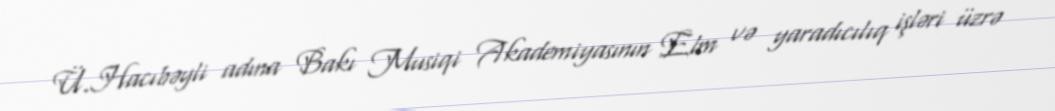
Ü.Hacıbəyli adına Bakı Musiqi Akademiyasının Elm və yaradıcılıq işləri üzrə